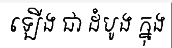
ឡើង ជា ដំបូង ក្នុង